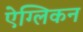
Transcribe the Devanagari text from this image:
ऐग्लिकन